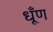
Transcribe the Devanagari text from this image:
धूँण